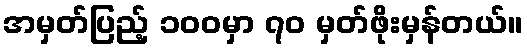
အမှတ်ပြည့် ၁၀၀မှာ ၇၀ မှတ်ဖိုးမှန်တယ်။